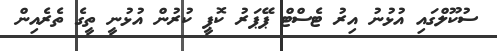
ސުކޫލްގައި އުޅުނު އިރު ޓެސްޓް ޕޭޕަރު ކޮޕީ ކުރުން އުޅުނީ ތީގެ ތެރެއިން